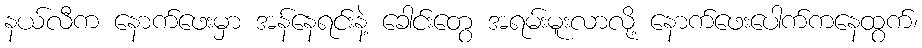
နယ်လီက နောက်ဖေးမှာ အန်နေရင်းနဲ့ ခေါင်းတွေ အရမ်းမူးလာလို့ နောက်ဖေးပေါက်ကနေထွက်၊